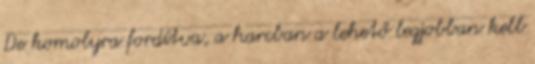
De komolyra fordítva, a harcban a lehető legjobban kell